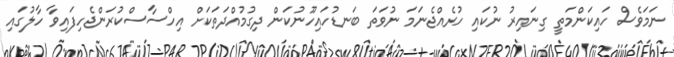
ނަމަވެސް ހައިކަންމަތީ ގިނައިރު ނުކައި ހުރެއްޖެނަމަ ނުވަތަ ބަނޑުހައިހޫނުކަން ދިގުމުއްދަތަކަށް އިހްސާސްކުރަންޖެހިފައިވާ ހާލުގައި